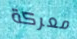
معركة